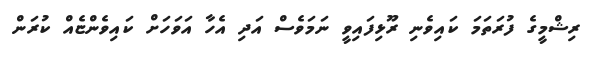
ރިޝްމީގެ ފުރަތަމަ ކައިވެނި ރޫޅިފައިވީ ނަމަވެސް އަދި އެހާ އަވަހަށް ކައިވެންޏެއް ކުރަން